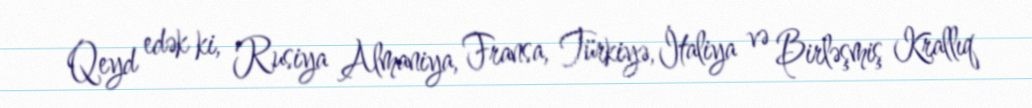
Qeyd edək ki, Rusiya Almaniya, Fransa, Türkiyə, İtaliya və Birləşmiş Krallıq